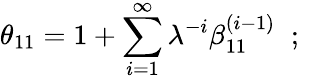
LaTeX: \theta_{11}=1+\sum_{i=1}^{\infty}\lambda^{-i}\beta_{11}^{(i-1)}\; \; ;\; \;